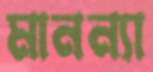
মানন্যা